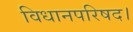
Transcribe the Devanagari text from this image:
विधानपरिषद।